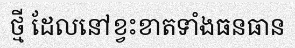
ថ្មី ដែលនៅខ្វះខាតទាំងធនធាន